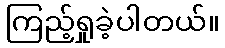
ကြည့်ရှုခဲ့ပါတယ်။